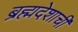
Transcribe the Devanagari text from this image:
ब्रह्मदेशाची